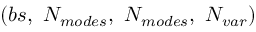
( b s , \ N _ { m o d e s } , \ N _ { m o d e s } , \ N _ { v a r } )